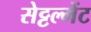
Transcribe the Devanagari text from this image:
सेट्टल्मेंट